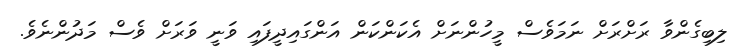
ލިބިގެންވާ ރަށްރަށް ނަމަވެސް މީހުންނަށް އެކަންކަން އަންގައިދީފައި ވަނީ ވަރަށް ވެސް މަދުންނެވެ.